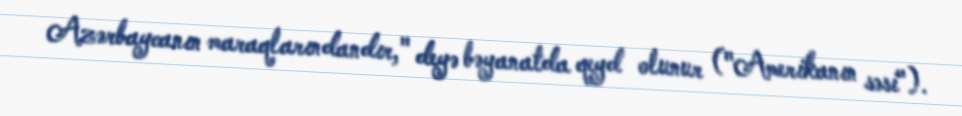
Azərbaycanın maraqlarındandır," deyə bəyanatda qeyd olunur ("Amerikanın səsi").